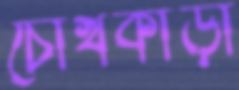
চোখকাড়া